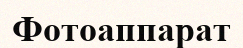
Фотоаппарат